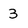
Character: 3